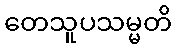
တေသူပသမ္မတိ